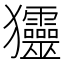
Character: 𤣤